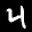
Label: 4